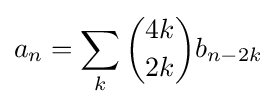
a_{n}=\sum _{k}{\binom {4k}{2k}}b_{n-2k}